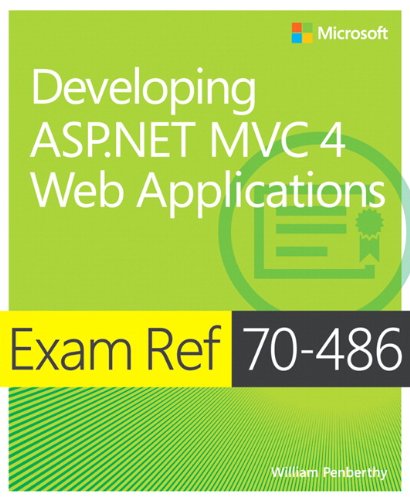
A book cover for Exam Ref 70-486 Developing ASP.NET MVC 4 Web Applications (MCSD); William Penberthy; Computers & Technology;